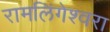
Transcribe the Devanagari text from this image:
रामलिंगेश्‍वरा